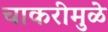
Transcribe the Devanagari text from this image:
चाकरीमुळे